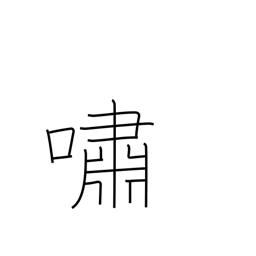
Meaning: recite emotionally